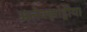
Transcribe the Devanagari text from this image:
अलेक्झांड्रीया